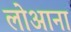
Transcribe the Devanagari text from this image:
लोआना